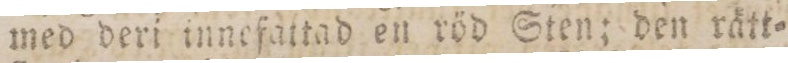
med deri innefattad en röd Sten; den rätt=